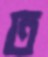
ত